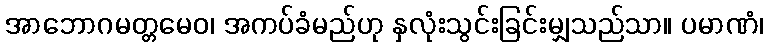
အာဘောဂမတ္တမေဝ၊ အကပ်ခံမည်ဟု နှလုံးသွင်းခြင်းမျှသည်သာ။ ပမာဏံ၊